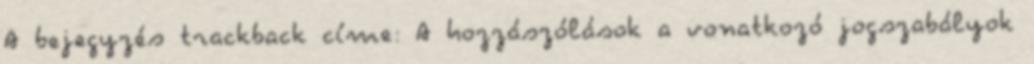
A bejegyzés trackback címe: A hozzászólások a vonatkozó jogszabályok